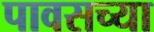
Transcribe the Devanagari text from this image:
पावसच्या